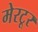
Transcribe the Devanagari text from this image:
मेरटूर